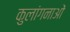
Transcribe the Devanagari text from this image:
कुलांगनाओं